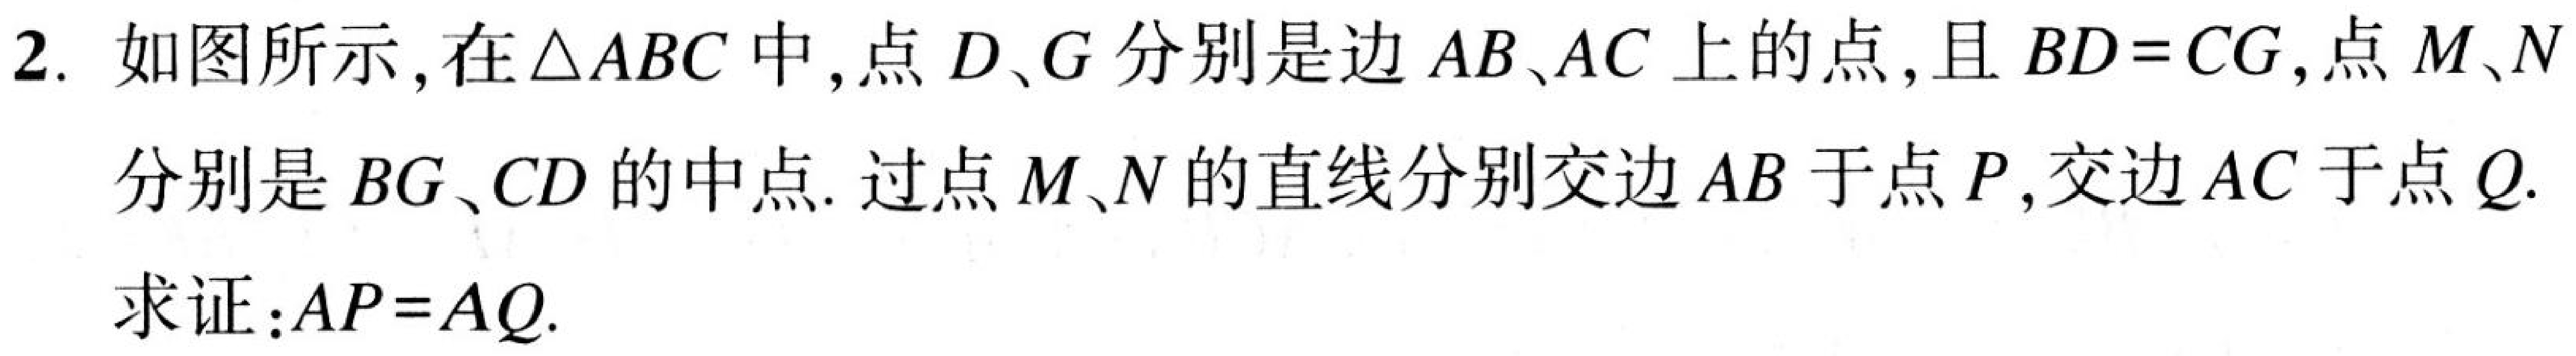
2. 如图所示，在\(\triangle ABC\)中，点\(D\)、\(G\)分别是边\(AB\)、\(AC\)上的点，且\(BD = CG\)，点\(M\)、\(N\)
分别是\(BG\)、\(CD\)的中点. 过点\(M\)、\(N\)的直线分别交边\(AB\)于点\(P\)，交边\(AC\)于点\(Q\).

求证：\(AP = AQ\).